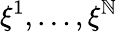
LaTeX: \xi^{1},\dots,\xi^{\mathbb{N}}